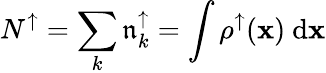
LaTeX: N^{\uparrow}=\sum_{k}{\mathfrak{n}_{k}^{\uparrow}}=\int{\rho^{\uparrow}({\mathbf{x}})\ \mathrm{{d}}{\mathbf{x}}}